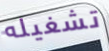
تشغيله